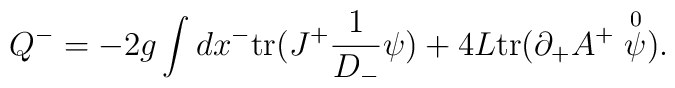
Q^-=-2g\int dx^- \mbox{tr}(J^+\frac{1}{D_-}\psi)+4L\mbox{tr}    (\partial_+ A^+\stackrel{0}{\psi}).